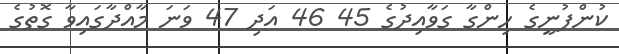
ކުންފުނީގެ ހިންގާ ގަވާއިދުގެ 45 46 އަދި 47 ވަނަ މާއްދާގައިވާ ގޮތުގެ